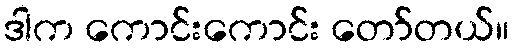
ဒါက ကောင်းကောင်း တော်တယ်။